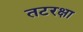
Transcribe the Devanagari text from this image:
तटरक्षा